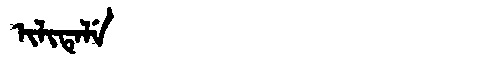
Manchu: ᡳᠯᡳᡨᡝᠯᡝ
Romanization: ILITELE